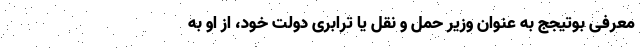
معرفی بوتیجج به عنوان وزیر حمل و نقل یا ترابری دولت خود، از او به